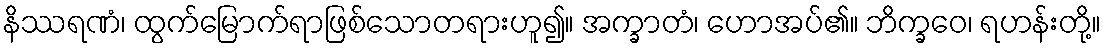
နိဿရဏံ၊ ထွက်မြောက်ရာဖြစ်သောတရားဟူ၍။ အက္ခာတံ၊ ဟောအပ်၏။ ဘိက္ခဝေ၊ ရဟန်းတို့။